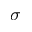
\sigma